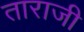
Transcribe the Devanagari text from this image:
ताराजी